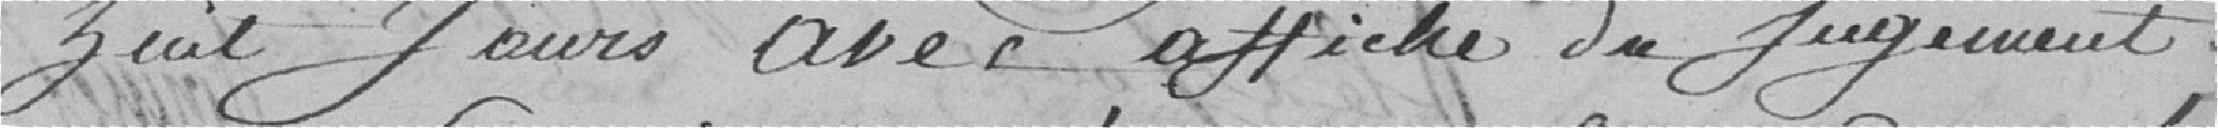
huit jours  avec affiche du jugement